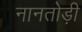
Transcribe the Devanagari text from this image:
नानतोड़ी